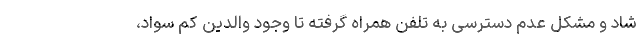
شاد و مشکل عدم دسترسی به تلفن همراه گرفته تا وجود والدین کم سواد،